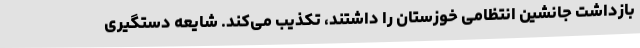
بازداشت جانشین انتظامی خوزستان را داشتند، تکذیب می‌کند. شایعه دستگیری